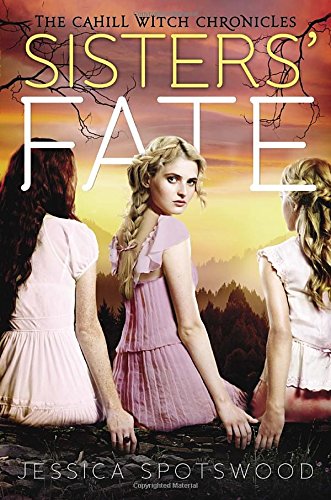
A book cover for Sisters' Fate (The Cahill Witch Chronicles); Jessica Spotswood; Teen & Young Adult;